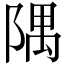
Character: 隅